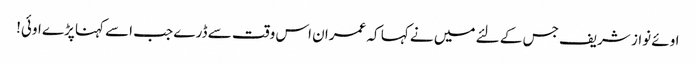
اوئے نواز شریف جس کے لئے میں نے کہا کہ عمران اس وقت سے ڈرے جب اسے کہنا پڑے اوئی!